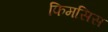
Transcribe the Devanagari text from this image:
फिमसिस